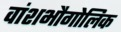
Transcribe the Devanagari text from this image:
वांशभौगोलिक